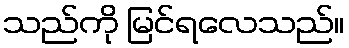
သည်ကို မြင်ရလေသည်။